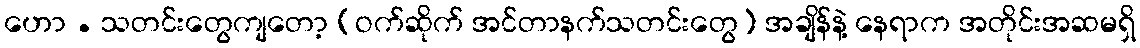
ဟော . သတင်းတွေကျတော့ (ဝက်ဆိုက် အင်တာနက်သတင်းတွေ) အချိန်နဲ့ နေရာက အတိုင်းအဆမရှိ